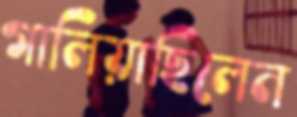
গালিয়াছিলেন